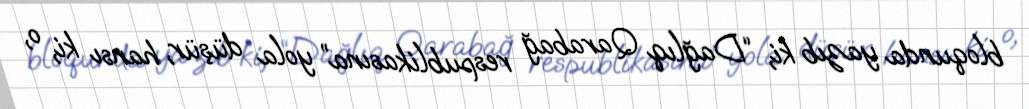
bloqunda yazıb ki, “Dağlıq Qarabağ respublikasına” yola düşür, hansı ki, o,